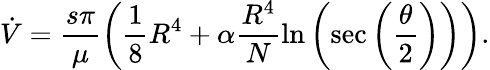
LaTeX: \dot{V}=\frac{s\pi}{\mu}\left(\frac{1}{8}R^{4}+\alpha\frac{R^{4}}{N}\ln\left(\sec\left(\frac{\theta}{2}\right)\right)\right).